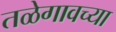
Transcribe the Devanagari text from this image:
तळेगावच्या